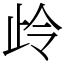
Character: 㱓